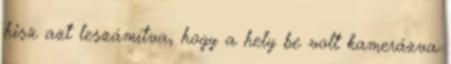
hisz azt leszámítva, hogy a hely be volt kamerázva